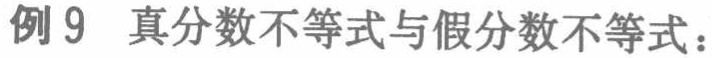
例9 真分数不等式与假分数不等式：